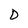
Character: D